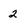
Character: 2